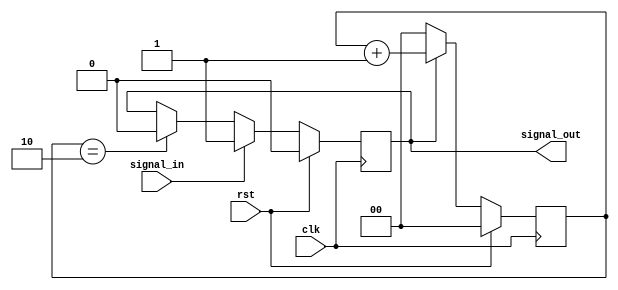
`timescale 1ns / 1ps
//////////////////////////////////////////////////////////////////////////////////
// Company:
// Engineer:
//
// Design Name:
// Module Name: Tplusadd
// Project Name:
// Target Devices:
// Tool Versions:
// Description:
//
// Dependencies:
//
// Revision:
// Revision 0.01 - File Created
// Additional Comments:
//
//////////////////////////////////////////////////////////////////////////////////


module Tplusadd
#(
parameter VAL_CNT = 3
)(
input        clk        ,
input        rst        ,
input        signal_in  ,
output       signal_out
    );

reg reg_signal_out=0;

function integer f_msb (input integer value);
  begin
    value = value>>1;
    for(f_msb=0; value>0; f_msb=f_msb+1)
    value = value>>1;
  end
endfunction
localparam MAX_CNT = VAL_CNT-1     ,
           MSB_CNT = f_msb(MAX_CNT);

reg[MSB_CNT:0] del_cnt=0;
always@(posedge clk)begin
	if(rst)begin
		reg_signal_out <= 0;
	end else begin
		if(signal_in)begin
			reg_signal_out <= 1;
		end else if(del_cnt==MAX_CNT)begin
			reg_signal_out <= 0;
		end
	end
end

always@(posedge clk)begin
	if(rst)begin
		del_cnt <= 0;
	end else begin
		if(reg_signal_out)begin
			del_cnt <= del_cnt + 1;
		end else begin
			del_cnt <= 0;
		end
	end
end

assign signal_out = reg_signal_out;

endmodule